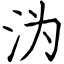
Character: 沩